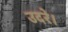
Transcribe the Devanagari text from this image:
उदरे।